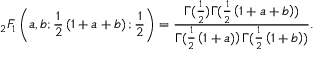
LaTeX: _ { 2 } F _ { 1 } \left( a , b ; { \frac { 1 } { 2 } } \left( 1 + a + b \right) ; { \frac { 1 } { 2 } } \right) = { \frac { \Gamma ( { \frac { 1 } { 2 } } ) \Gamma ( { \frac { 1 } { 2 } } \left( 1 + a + b \right) ) } { \Gamma ( { \frac { 1 } { 2 } } \left( 1 + a ) \right) \Gamma ( { \frac { 1 } { 2 } } \left( 1 + b \right) ) } } .